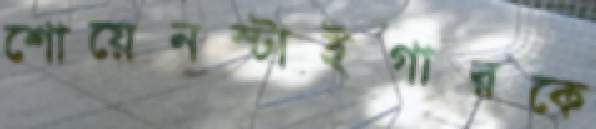
শোয়েনস্টাইগারকে